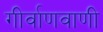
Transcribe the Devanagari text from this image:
गीर्वाणवाणी